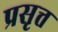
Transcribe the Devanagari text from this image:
प्रसृत्त